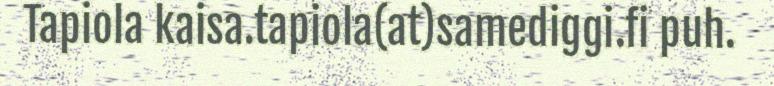
Tapiola kaisa.tapiola(at)samediggi.fi puh.